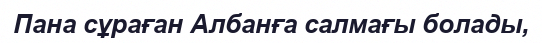
Пана сұраған Албанға салмағы болады,